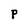
Character: P